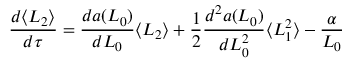
\frac { d \langle L _ { 2 } \rangle } { d \tau } = \frac { d a ( L _ { 0 } ) } { d L _ { 0 } } \langle L _ { 2 } \rangle + \frac { 1 } { 2 } \frac { d ^ { 2 } a ( L _ { 0 } ) } { d L _ { 0 } ^ { 2 } } \langle L _ { 1 } ^ { 2 } \rangle - \frac { \alpha } { L _ { 0 } }